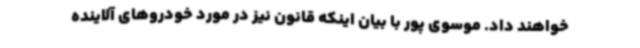
خواهند داد. موسوی پور با بیان اینکه قانون نیز در مورد خودروهای آلاینده